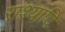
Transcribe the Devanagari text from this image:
राश्यादि